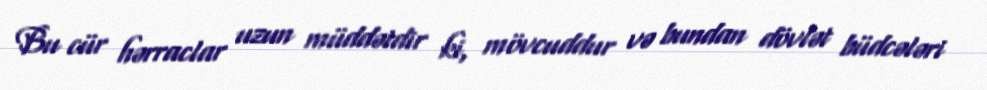
Bu cür hərraclar uzun müddətdir ki, mövcuddur və bundan dövlət büdcələri